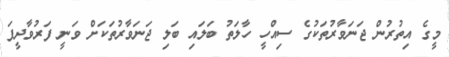
މީގެ އިތުރުން ޖަނަވާރުތަކުގެ ސިއްހީ ހާލަތު ބަލައި ބަލި ޖަނަވާރުތަކަށް ވަނީ ފަރުވާދީފަ